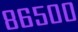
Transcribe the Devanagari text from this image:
८६५००